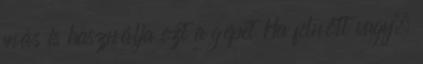
más is használja ezt a gépet Ha felnőtt vagy,